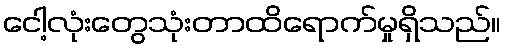
ငေါ့လုံးတွေသုံးတာထိရောက်မှုရှိသည်။